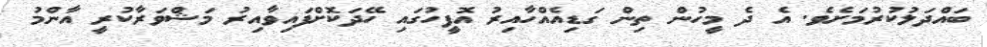
ބައްދަލުކުރުމަށެވެ. އެ ދެ މީހުން ތިން ގަޑިއެއްހާއިރު އޮފީހުގައި ހޭދަކޮށްފައިވާއިރު މަޝްވަރާކުރީ އާންމު